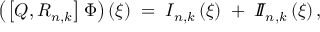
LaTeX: \left( \left[ Q , R _ { n , k } \right] \Phi \right) \left( \xi \right) \; = \; I _ { n , k } \left( \xi \right) \; + \; I \! \! I _ { n , k } \left( \xi \right) ,